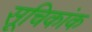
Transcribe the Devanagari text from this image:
सूचिकांक